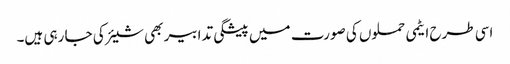
اسی طرح ایٹمی حملوں کی صورت میں پیشگی تدابیر بھی شیئر کی جا رہی ہیں۔